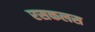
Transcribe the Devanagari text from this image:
रसकलस